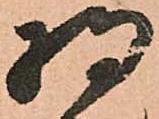
将